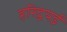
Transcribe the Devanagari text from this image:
हरिद्वयई